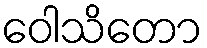
ဝေါသိတော